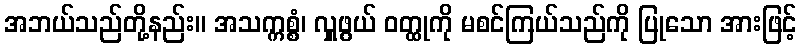
အဘယ်သည်တို့နည်း။ အသက္ကစ္စံ၊ လှူဖွယ် ဝတ္ထုကို မစင်ကြယ်သည်ကို ပြုသော အားဖြင့်